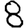
Digit: 8